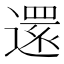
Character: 𮟃